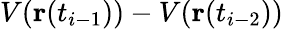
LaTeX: V(\mathbf{r}(t_{i-1}))-V(\mathbf{r}(t_{i-2}))